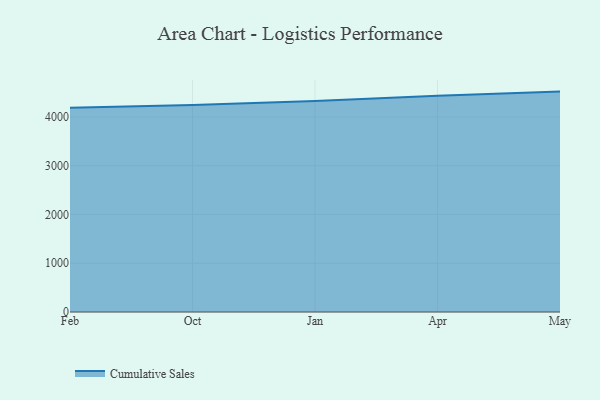
{"axis": {"x": "Month", "y": "Active Users"}, "legend": ["Cumulative Sales"], "data": [{"x": "Feb", "y": 4189.8, "type": "Cumulative Sales"}, {"x": "Oct", "y": 4248.4, "type": "Cumulative Sales"}, {"x": "Jan", "y": 4330.4, "type": "Cumulative Sales"}, {"x": "Apr", "y": 4436.3, "type": "Cumulative Sales"}, {"x": "May", "y": 4522.1, "type": "Cumulative Sales"}]}